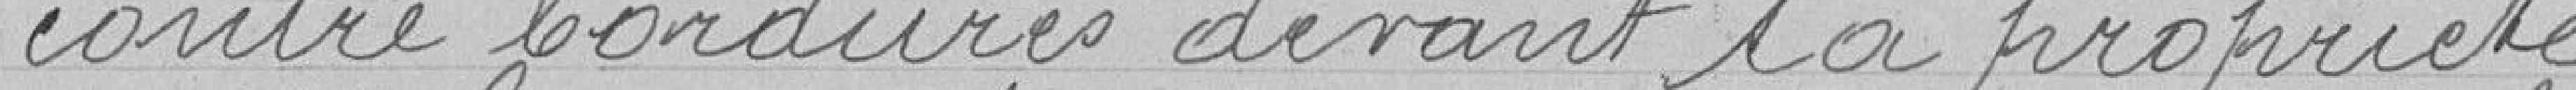
contre bordures devant sa propriété.